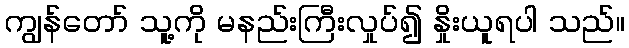
ကျွန်တော် သူ့ကို မနည်းကြီးလှုပ်၍ နှိုးယူရပါ သည်။